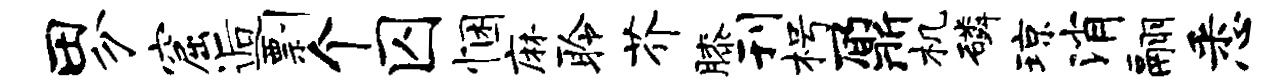
田分窟逅剽个囚悃麻聆芥膝刊枵鼐机磷琼消翮悉